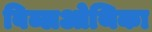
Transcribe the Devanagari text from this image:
बिब्लओथिका